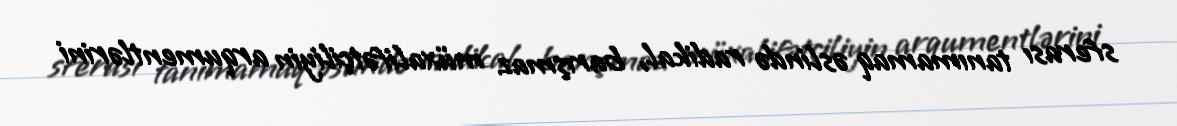
sferası tanımamaq əslində radikal, barışmaz müxalifətçiliyin arqumentlərini